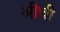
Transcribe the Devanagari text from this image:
श्रीची